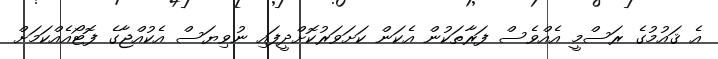
އެ ޤައުމުގެ ރަސްމީ އެއްވެސް ފަރާތަކުން އެކަން ކަށަވަރުކޮށްދީފައި ނުވިޔަސް އެކުއްޖާގެ ފޮޓޯއެއްކަމަށް